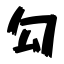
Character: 勾